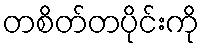
တစိတ်တပိုင်းကို